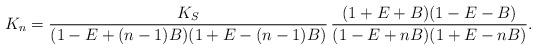
LaTeX: \begin{align*}K_n= \frac{K_S}{(1-E+(n-1)B)(1+E-(n-1)B)}\,\frac{(1+E+B)(1-E-B)}{(1-E+nB) (1+E-nB)}.\end{align*}